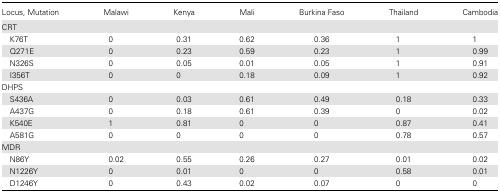
| Locus, Mutation | Malawi | Kenya | Mali | Burkina Faso | Thailand | Cambodia |
 | --- | --- | --- | --- | --- | --- | --- |
 | CRT |  |  |  |  |  |  |
 | K76T | 0 | 0.31 | 0.62 | 0.36 | 1 | 1 |
 | Q271E | 0 | 0.23 | 0.59 | 0.23 | 1 | 0.99 |
 | N326S | 0 | 0.05 | 0.01 | 0.05 | 1 | 0.91 |
 | I356T | 0 | 0 | 0.18 | 0.09 | 1 | 0.92 |
 | DHPS |  |  |  |  |  |  |
 | S436A | 0 | 0.03 | 0.61 | 0.49 | 0.18 | 0.33 |
 | A437G | 0 | 0.18 | 0.61 | 0.39 | 0 | 0.02 |
 | K540E | 1 | 0.81 | 0 | 0 | 0.87 | 0.41 |
 | A581G | 0 | 0 | 0 | 0 | 0.78 | 0.57 |
 | MDR |  |  |  |  |  |  |
 | N86Y | 0.02 | 0.55 | 0.26 | 0.27 | 0.01 | 0.02 |
 | N1226Y | 0 | 0.01 | 0 | 0 | 0.58 | 0.01 |
 | D1246Y | 0 | 0.43 | 0.02 | 0.07 | 0 | 0 |